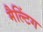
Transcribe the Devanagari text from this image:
मैल्टिंग